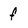
Character: f